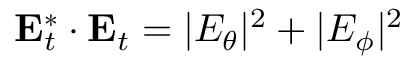
\mathbf { E } _ { t } ^ { * } \cdot \mathbf { E } _ { t } = | E _ { \theta } | ^ { 2 } + | E _ { \phi } | ^ { 2 }